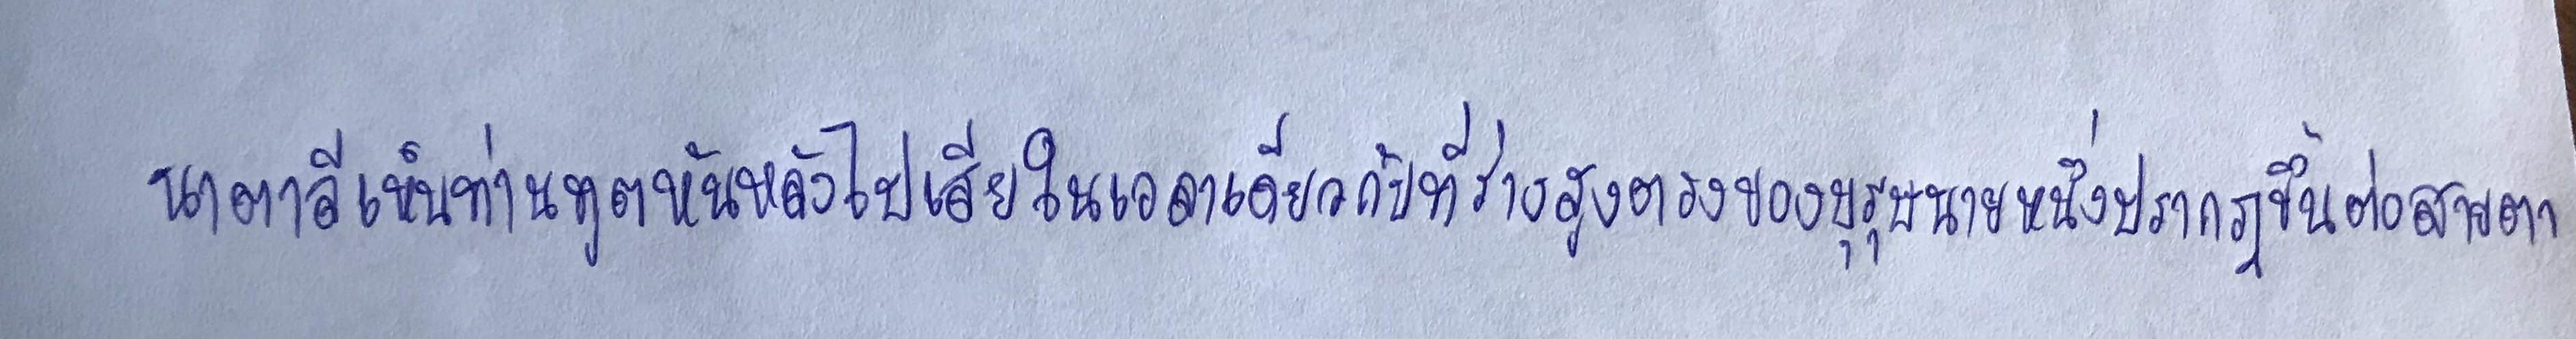
นาตาลีเห็นท่านทูตหันหลังไปเสียในเวลาเดียวกับที่ร่างสูงตรงของบุรุษนายหนึ่งปรากฏขึ้นต่อสายตา